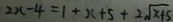
2 x - 4 = 1 + x + 5 + 2 \sqrt { x + 5 }